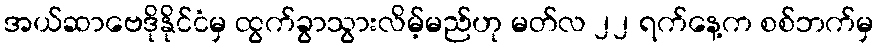
အယ်ဆာဗေဒိုနိုင်ငံမှ ထွက်ခွာသွားလိမ့်မည်ဟု မတ်လ ၂၂ ရက်နေ့က စစ်ဘက်မှ